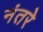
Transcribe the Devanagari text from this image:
नंतरे